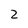
Character: 2